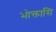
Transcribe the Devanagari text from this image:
भोक्तासि